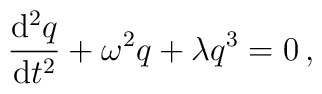
{{{\rm d}^2q}\over{{\rm d}t^2}} + \omega^2 q + \lambda q^3=0\,,